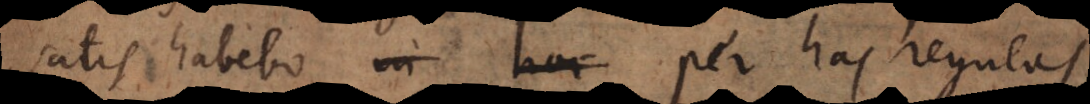
satis habebo per has regulas